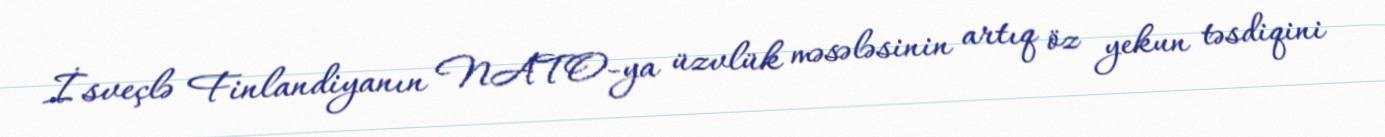
İsveçlə Finlandiyanın NATO-ya üzvlük məsələsinin artıq öz yekun təsdiqini